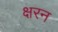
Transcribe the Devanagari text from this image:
क्षरन